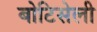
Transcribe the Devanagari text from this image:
बोटिसेली